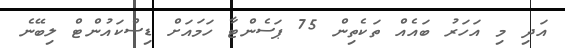
އަދި މި އަހަރު ބައެއް ތަކެތިން 75 ޕަސެންޓާ ހަމައަށް ޑިސްކައުންޓް ލިބޭނެ